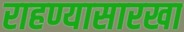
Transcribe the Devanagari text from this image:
राहण्यासारखा